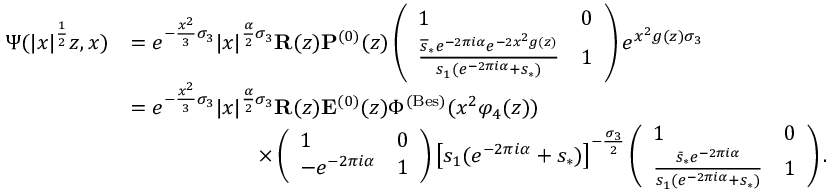
\begin{array} { r l } { \Psi ( | x | ^ { \frac { 1 } { 2 } } z , x ) } & { = e ^ { - \frac { x ^ { 2 } } { 3 } \sigma _ { 3 } } | x | ^ { \frac { \alpha } { 2 } \sigma _ { 3 } } \mathbf { R } ( z ) \mathbf { P } ^ { ( 0 ) } ( z ) \left( \begin{array} { l l } { 1 } & { 0 } \\ { \frac { \overline { { s } } _ { * } e ^ { - 2 \pi i \alpha } e ^ { - 2 x ^ { 2 } g ( z ) } } { s _ { 1 } ( e ^ { - 2 \pi i \alpha } + s _ { * } ) } } & { 1 } \end{array} \right) e ^ { x ^ { 2 } g ( z ) \sigma _ { 3 } } } \\ & { = e ^ { - \frac { x ^ { 2 } } { 3 } \sigma _ { 3 } } | x | ^ { \frac { \alpha } { 2 } \sigma _ { 3 } } \mathbf { R } ( z ) \mathbf { E } ^ { ( 0 ) } ( z ) \Phi ^ { ( \mathrm { B e s } ) } ( x ^ { 2 } \varphi _ { 4 } ( z ) ) } \\ & { \qquad \qquad \qquad \times \left( \begin{array} { l l } { 1 } & { 0 } \\ { - e ^ { - 2 \pi i \alpha } } & { 1 } \end{array} \right) \left[ s _ { 1 } ( e ^ { - 2 \pi i \alpha } + s _ { * } ) \right] ^ { - \frac { \sigma _ { 3 } } { 2 } } \left( \begin{array} { l l } { 1 } & { 0 } \\ { \frac { \bar { s } _ { * } e ^ { - 2 \pi i \alpha } } { s _ { 1 } ( e ^ { - 2 \pi i \alpha } + s _ { * } ) } } & { 1 } \end{array} \right) . } \end{array}